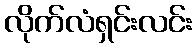
လိုက်လံရှင်းလင်း